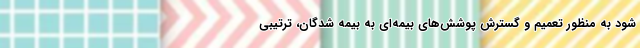
شود به منظور تعمیم و گسترش پوشش‌های بیمه‌ای به بیمه شدگان، ترتیبی